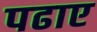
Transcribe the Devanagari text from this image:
पढाए